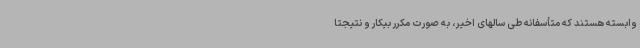
وابسته هستند که متأسفانه طی سالهای اخیر، به صورت مکرر بیکار و نتیجتاً